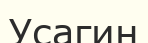
Усагин